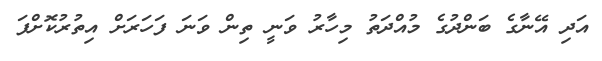
އަދި އޭނާގެ ބަންދުގެ މުއްދަތު މިހާރު ވަނީ ތިން ވަނަ ފަހަރަށް އިތުރުކޮށްފަ